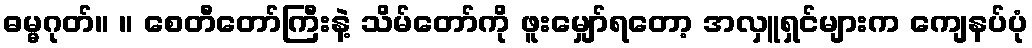
ဓမ္မဂုတ်။ ။ စေတီတော်ကြီးနဲ့ သိမ်တော်ကို ဖူးမျှော်ရတော့ အလှူရှင်များက ကျေနပ်ပုံ